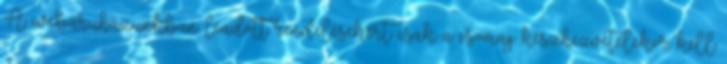
A webáruházunkban leadott rendelésekért csak a csomag készhezvételekor kell